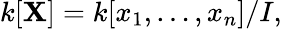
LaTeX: k[\mathbf{X}]=k[x_{1},\dots,x_{n}]/I,